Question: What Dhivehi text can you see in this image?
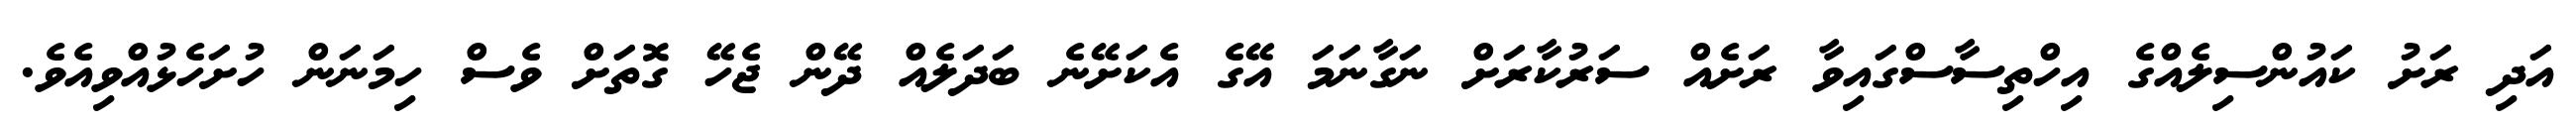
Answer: އަދި ރަށު ކައުންސިލެއްގެ އިހްތިސާސްގައިވާ ރަށެއް ސަރުކާރަށް ނަގާނަމަ އޭގެ އެކަށޭނެ ބަދަލެއް ދޭން ޖެހޭ ގޮތަށް ވެސް ހިމަނަން ހުށަހެޅުއްވިއެވެ.